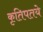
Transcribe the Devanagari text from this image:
कृतिपतये